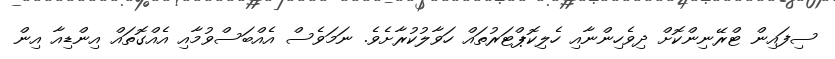
ސިފައިން ޓްރޭނިންކޮށް ދިވެހިންނާއި ހެލިކޮޕްޓަރުތައް ހަވާލުކުރާށެވެ. ނަމަވެސް އެއްބަސްވުމާއި އެއްގޮތައް އިންޑިއާ އިން